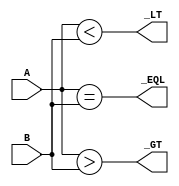
/* 4 bits comparator in gate level */
module cmp4bit_d(A, B, _EQL, _GT, _LT);
    input   [3:0]   A, B;
    output          _EQL, _GT, _LT;
    wire            _EQL, _GT, _LT;

    assign _EQL = (A == B);
    assign _GT = (A > B);
    assign _LT = (A < B);
    /*
    wire    [3:0]   abeql, agtb, altb;
    wire    [1:0]   xout, add_gt, add_lt;
    wire    [2:0]   mul_gt, mul_lt;
    */
    /*
    assign abeql[0] = A[0] ^ ~B[0];
    assign abeql[1] = A[1] ^ ~B[1];
    assign abeql[2] = A[2] ^ ~B[2];
    assign abeql[3] = A[3] ^ ~B[3];

    assign agtb[0] = A[0] & ~B[0];
    assign agtb[1] = A[1] & ~B[1];
    assign agtb[2] = A[2] & ~B[2];
    assign agtb[3] = A[3] & ~B[3];

    assign altb[0] = ~A[0] & B[0];
    assign altb[1] = ~A[1] & B[1];
    assign altb[2] = ~A[2] & B[2];
    assign altb[3] = ~A[3] & B[3];
    
    */
    /* (A=B) = x[3]x[2]x[1]x[0] */
    //assign _EQL = ((A[0] ^ ~B[0]) & (A[1] ^ ~B[1]) & (A[2] ^ ~B[2]) & (A[3] ^ ~B[3]));
    
    /* (A>B) = A[3]B[3]' + x[3]A[2]B[2]' + x[3]x[2]A[1]B[1]' + x[3]x[2]x[1]A[0]B[0]' */
    //assign _GT = ((A[3] & ~B[3]) | ((A[3] ^ ~B[3]) & (A[2] & ~B[2])) | ((A[3] ^ ~B[3]) & (A[2] ^ ~B[2]) & (A[1] ^ ~B[1]) & (A[1] & ~B[1])) | ((A[3] ^ ~B[3]) & (A[2] ^ ~B[2]) & (A[1] ^ ~B[1]) & (A[0] & ~B[0])));
    
    /* (A<B) = A[3]'B[3] + x[3]A[2]'B[2] + x[3]x[2]A[1]'B[1] + x[3]x[2]x[1]A[0]'B[0] */
    //assign _LT = ((~A[3] & B[3]) | ((A[3] ^ ~B[3]) & (~A[2] & B[2])) | ((A[3] ^ ~B[3]) & (A[2] ^ ~B[2]) & (A[1] ^ ~B[1]) & (~A[1] & B[1])) | ((A[3] ^ ~B[3]) & (A[2] ^ ~B[2]) & (A[1] ^ ~B[1]) & (~A[0] & B[0])));

endmodule